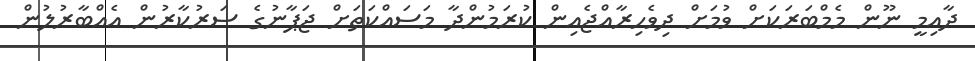
ދާއިމީ ނޫން މެމްބަރަކަށް ވުމަށް ދިވެހިރާއްޖެއިން ކުރަމުންދާ މަސައްކަތަށް ޖަޕާނުގެ ސަރުކާރުން އެއްބާރުލުން